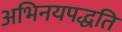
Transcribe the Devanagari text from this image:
अभिनयपद्धति